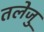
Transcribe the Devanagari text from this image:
तलेजु